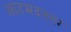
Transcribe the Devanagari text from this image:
आहमदनगर